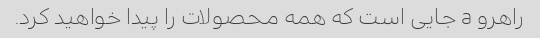
راهرو a جایی است که همه محصولات را پیدا خواهید کرد.